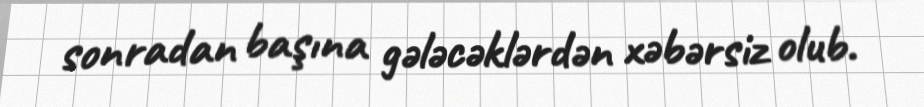
sonradan başına gələcəklərdən xəbərsiz olub.